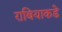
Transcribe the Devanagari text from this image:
राबियाकडे